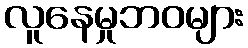
လူနေမှုဘဝများ